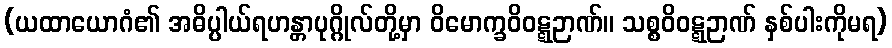
(ယထာယောဂံ၏ အဓိပ္ပါယ်ရဟန္တာပုဂ္ဂိုလ်တို့မှာ ဝိမောက္ခဝိဝဋ္ဋဉာဏ်။ သစ္စဝိဝဋ္ဋဉာဏ် နှစ်ပါးကိုမရ)